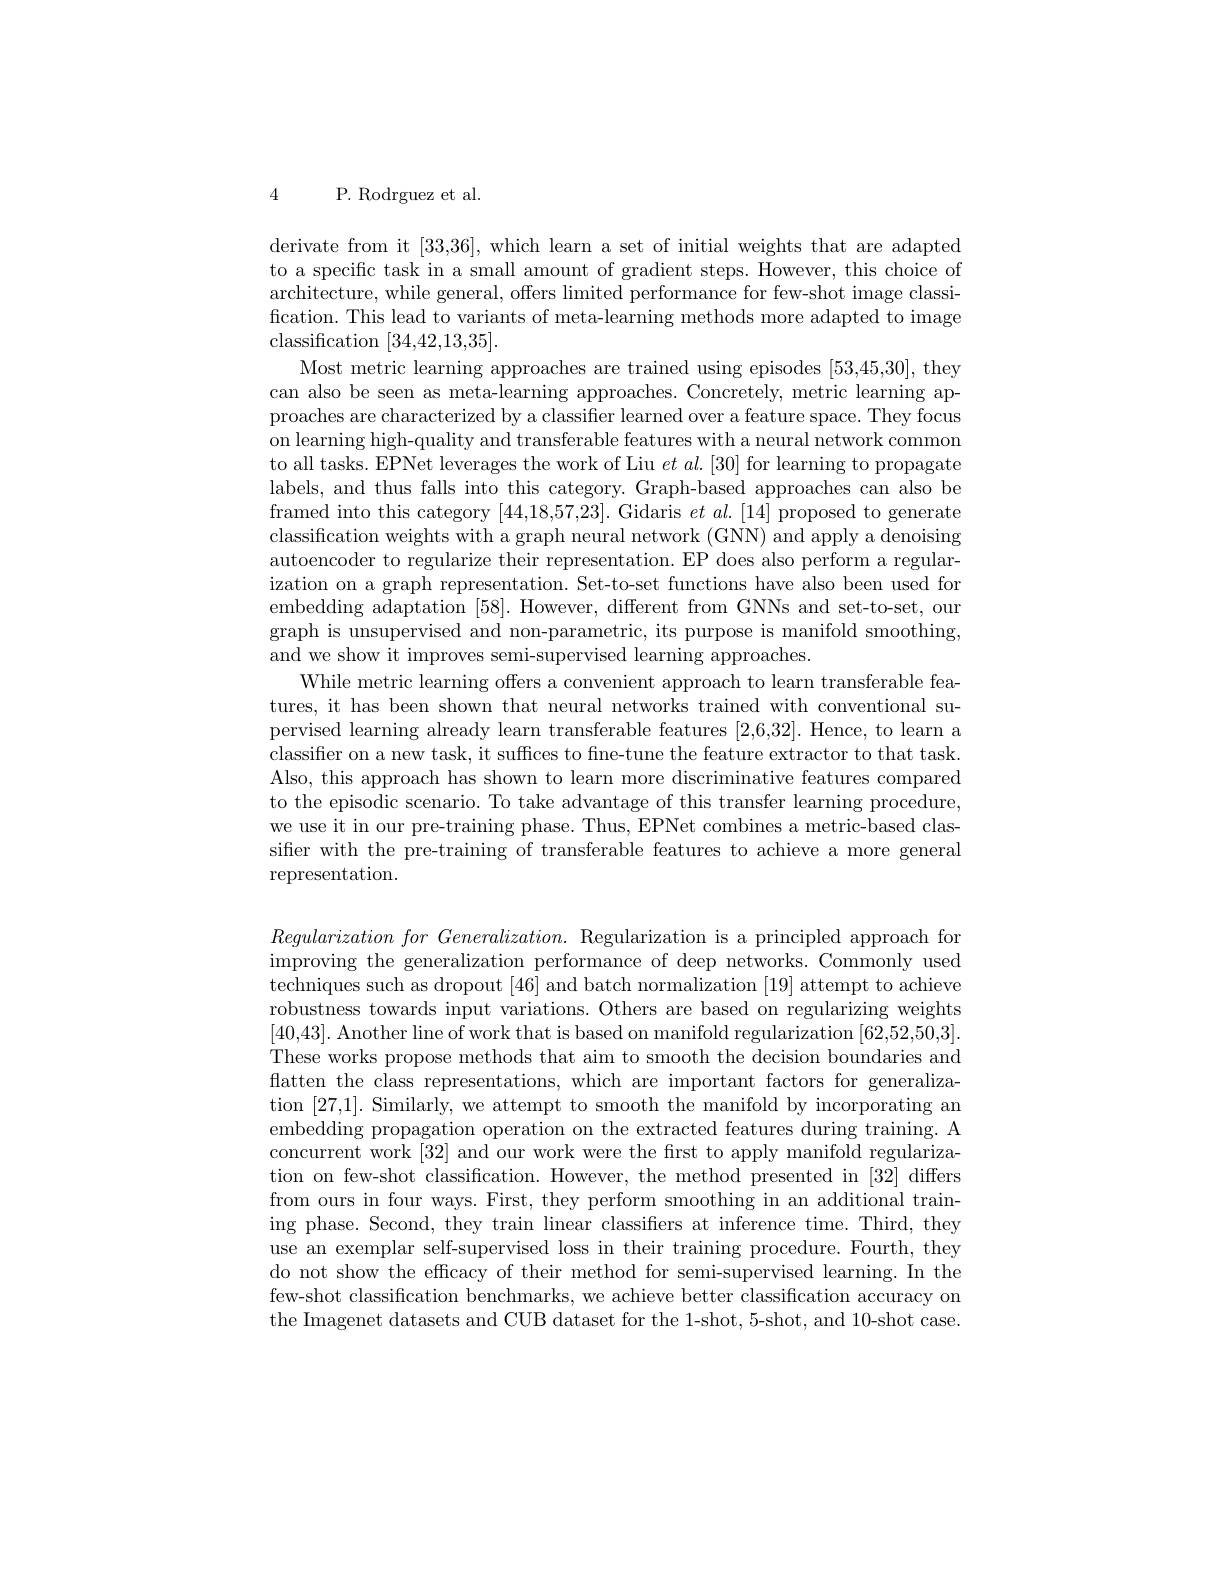
4 P. Rodrguez et al.

derivate from it [33,36],which learn a set of initial weights that are adapted to a specific task in a small amount of gradient steps. However, this choice of architecture, while general, offers limited performance for few-shot image classification. This lead to variants of meta-learning methods more adapted to image classification [34,42,13,35].
Most metric learning approaches are trained using episodes [53,45,30], they can also be seen as meta-learning approaches. Concretely, metric learning approaches are characterized by a classifier learned over a feature space. They focus on learning high-quality and transferable features with a neural network common to all tasks. EPNet leverages the work of Liu $et$ al.[30] for learning to propagate labels, and thus falls into this category. Graph-based approaches can also be framed into this category [44,18,57,23]. Gidaris $et\textit{al. [ 14] proposed to generate}$ classification weights with a graph neural network (GNN) and apply a denoising autoencoder to regularize their representation. EP does also perform a regularization on a graph representation. Set-to-set functions have also been used for embedding adaptation [58]. However, different from GNNs and set-to-set, our graph is unsupervised and non-parametric, its purpose is manifold smoothing, and we show it improves semi-supervised learning approaches.
While metric learning offers a convenient approach to learn transferable features, it has been shown that neural networks trained with conventional supervised learning already learn transferable features [2,6,32]. Hence, to learn a classifier on a new task, it suffices to fine-tune the feature extractor to that task Also, this approach has shown to learn more discriminative features compared to the episodic scenario. To take advantage of this transfer learning procedure, we use it in our pre-training phase. Thus, EPNet combines a metric-based classifier with the pre-training of transferable features to achieve a more general representation.

$Regularizationfor Generalization. $Regularization is a principled approach for improving the generalization performance of deep networks. Commonly used techniques such as dropout [46] and batch normalization [19] attempt to achieve robustness towards input variations. Others are based on regularizing weights [40,43]. Another line of work that is based on manifold regularization [62,52,50,3] These works propose methods that aim to smooth the decision boundaries and flatten the class representations, which are important factors for generalization [27,1]. Similarly, we attempt to smooth the manifold by incorporating an embedding propagation operation on the extracted features during training. A concurrent work [32] and our work were the first to apply manifold regularization on few-shot classification. However, the method presented in [32] differs from ours in four ways. First, they perform smoothing in an additional training phase. Second, they train linear classifers at inference time. Third, they use an exemplar self-supervised loss in their training procedure. Fourth, they do not show the efficacy of their method for semi-supervised learning. In the few-shot classification benchmarks, we achieve better classification accuracy on the Imagenet datasets and CUB dataset for the 1-shot, 5-shot, and 10-shot case